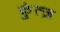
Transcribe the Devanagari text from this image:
कुंत्ज़